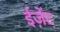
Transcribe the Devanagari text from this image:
ईज़ेंट